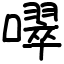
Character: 噿